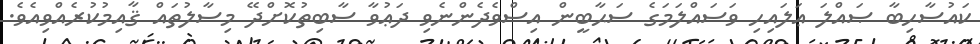
ކައުސާހިބާ ޞައްލަ ޢަލައިހި ވަސައްލަމަގެ ސަޙާބީން އިސްވެދެންނެވި ދަޢުވާ ސާބިތުކޮށްދޭ މިސާލުތައް ޤާއިމުކުރެއްވިއެވެ.